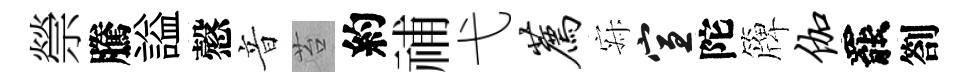
禜騰謚慤音苔約𥙷弋荐寂宣陀簰伽罷劄